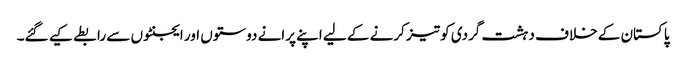
پاکستان کے خلاف دہشت گردی کو تیز کرنے کے لیے اپنے پرانے دوستوں اور ایجنٹوں سے رابطے کیے گئے۔